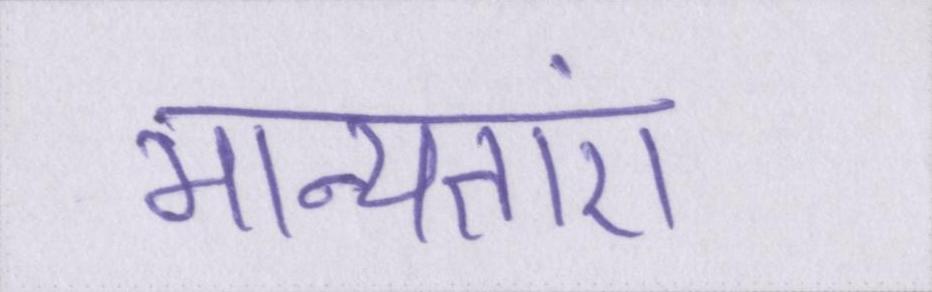
मान्यताएं